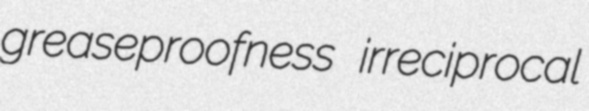
greaseproofness irreciprocal